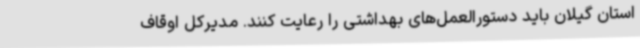
استان گیلان باید دستورالعمل‌های بهداشتی را رعایت کنند. مدیرکل اوقاف